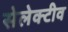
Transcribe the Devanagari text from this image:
सेलेक्टीव